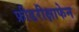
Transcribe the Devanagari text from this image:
फ्रीडरीक्षाफेन